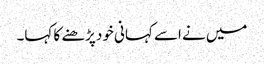
میں نے اسے کہانی خود پڑھنے کا کہا۔